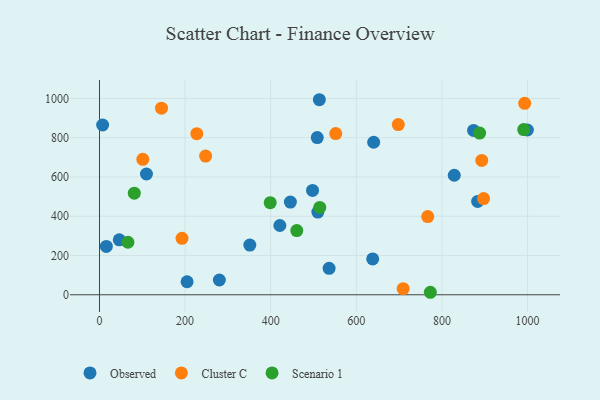
{"axis": {"x": "Speed", "y": "Yield"}, "legend": ["Cluster C", "Observed", "Scenario 1"], "data": [{"x": "828.8", "y": 608.7, "type": "Observed"}, {"x": "46.2", "y": 280.0, "type": "Observed"}, {"x": "280.0", "y": 75.3, "type": "Observed"}, {"x": "536.4", "y": 134.9, "type": "Observed"}, {"x": "16.0", "y": 246.2, "type": "Observed"}, {"x": "204.6", "y": 66.4, "type": "Observed"}, {"x": "638.2", "y": 182.7, "type": "Observed"}, {"x": "7.3", "y": 864.7, "type": "Observed"}, {"x": "497.7", "y": 531.3, "type": "Observed"}, {"x": "421.3", "y": 352.8, "type": "Observed"}, {"x": "445.9", "y": 472.0, "type": "Observed"}, {"x": "640.5", "y": 776.8, "type": "Observed"}, {"x": "510.1", "y": 421.1, "type": "Observed"}, {"x": "883.4", "y": 475.5, "type": "Observed"}, {"x": "351.2", "y": 253.0, "type": "Observed"}, {"x": "508.7", "y": 800.8, "type": "Observed"}, {"x": "873.9", "y": 836.8, "type": "Observed"}, {"x": "109.7", "y": 615.0, "type": "Observed"}, {"x": "513.6", "y": 993.4, "type": "Observed"}, {"x": "999.6", "y": 839.2, "type": "Observed"}, {"x": "551.9", "y": 821.2, "type": "Cluster C"}, {"x": "227.3", "y": 820.3, "type": "Cluster C"}, {"x": "247.9", "y": 706.5, "type": "Cluster C"}, {"x": "709.4", "y": 30.8, "type": "Cluster C"}, {"x": "897.3", "y": 490.0, "type": "Cluster C"}, {"x": "893.0", "y": 684.0, "type": "Cluster C"}, {"x": "993.3", "y": 974.9, "type": "Cluster C"}, {"x": "144.9", "y": 950.2, "type": "Cluster C"}, {"x": "192.8", "y": 287.6, "type": "Cluster C"}, {"x": "101.2", "y": 690.0, "type": "Cluster C"}, {"x": "766.8", "y": 398.4, "type": "Cluster C"}, {"x": "698.0", "y": 866.8, "type": "Cluster C"}, {"x": "514.6", "y": 445.0, "type": "Scenario 1"}, {"x": "772.9", "y": 12.7, "type": "Scenario 1"}, {"x": "991.0", "y": 841.4, "type": "Scenario 1"}, {"x": "398.8", "y": 469.1, "type": "Scenario 1"}, {"x": "66.4", "y": 267.4, "type": "Scenario 1"}, {"x": "888.0", "y": 823.4, "type": "Scenario 1"}, {"x": "81.3", "y": 517.2, "type": "Scenario 1"}, {"x": "460.9", "y": 327.2, "type": "Scenario 1"}]}